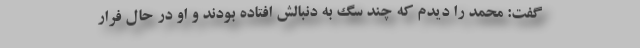
گفت: محمد را دیدم که چند سگ به دنبالش افتاده بودند و او در حال فرار